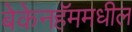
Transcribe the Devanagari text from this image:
बेकेनहॅममधील